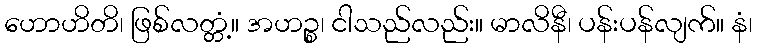
ဟောဟိတိ၊ ဖြစ်လတ္တံ့။ အဟဉ္စ၊ ငါသည်လည်း။ မာလိနီ၊ ပန်းပန်လျက်။ နံ၊